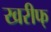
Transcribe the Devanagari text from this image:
खरीफ्